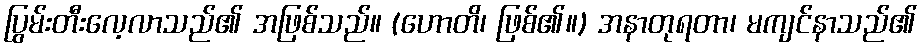
ပြွမ်းတီးလေ့လာသည်၏ အဖြစ်သည်။ (ဟောတိ၊ ဖြစ်၏။) အနာတုရတာ၊ မကျင်နာသည်၏